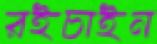
রইচাইন